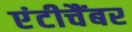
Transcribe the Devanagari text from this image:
एंटीचैंबर